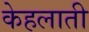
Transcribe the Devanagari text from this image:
केहलाती